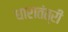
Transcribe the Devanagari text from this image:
धारातंत्री